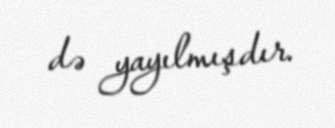
də yayılmışdır.